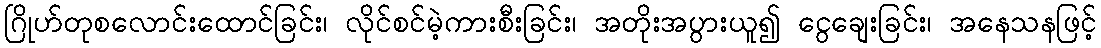
ဂြိုဟ်တုစလောင်းထောင်ခြင်း၊ လိုင်စင်မဲ့ကားစီးခြင်း၊ အတိုးအပွားယူ၍ ငွေချေးခြင်း၊ အနေသနဖြင့်